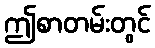
ဤစာတမ်းတွင်